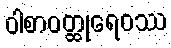
ဝါစာဝတ္ထုရေဝဿ